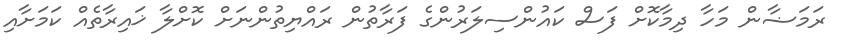
ރަމަޟާން މަހާ ދިމާކޮށް ފަސް ކައުންސިލަރުންގެ ފަރާތުން ރައްޔިތުންނަށް ކޮށްލާ ޚައިރާތެއް ކަމަށާއި